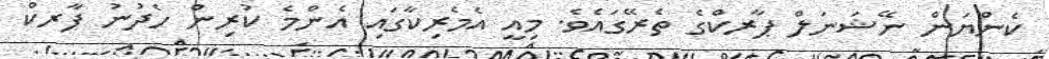
ކެންޔަން ނޭޝަނަލް ޕާރކްގެ ތެރޭގައެވެ. މިއީ އެމެރިކާގައި އެންމެ ކުރިން ހެދުނު ޕާރކް